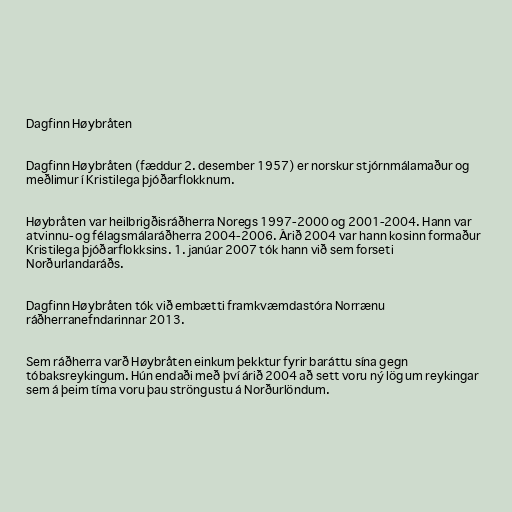
Dagfinn Høybråten

Dagfinn Høybråten (fæddur 2. desember 1957) er norskur stjórnmálamaður og
meðlimur í Kristilega þjóðarflokknum.

Høybråten var heilbrigðisráðherra Noregs 1997-2000 og 2001-2004. Hann var
atvinnu- og félagsmálaráðherra 2004-2006. Árið 2004 var hann kosinn formaður
Kristilega þjóðarflokksins. 1. janúar 2007 tók hann við sem forseti
Norðurlandaráðs.

Dagfinn Høybråten tók við embætti framkvæmdastóra Norrænu
ráðherranefndarinnar 2013.

Sem ráðherra varð Høybråten einkum þekktur fyrir baráttu sína gegn
tóbaksreykingum. Hún endaði með því árið 2004 að sett voru ný lög um reykingar
sem á þeim tíma voru þau ströngustu á Norðurlöndum.